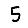
Digit: 5